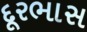
દૂરભાસ